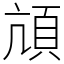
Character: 頏